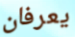
يعرفان